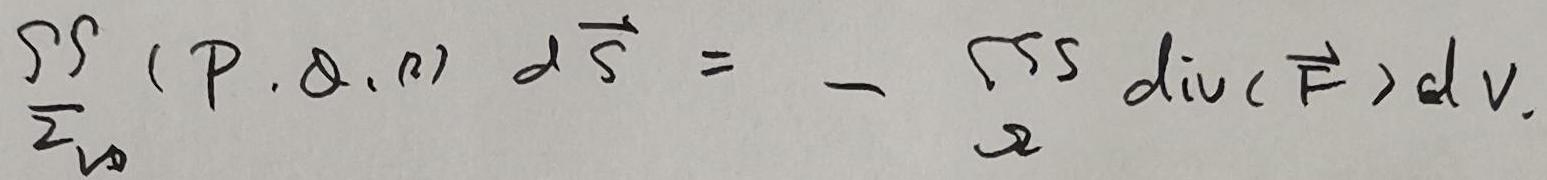
\[ \iint_{\Sigma_0} (P, Q, R) \, d\vec{S} = - \iiint_{\Omega} \text{div}(\vec{F}) \, dV \]